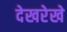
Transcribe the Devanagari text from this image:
देखरेखे